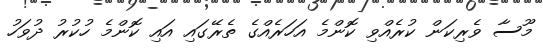
މޫސާ ވެރިކަން ކުރެއްވި ކޮންމެ އަހަރެއްގެ ތެރޭގައި އައި ކޮންމެ ހުކުރު ދުވަހު